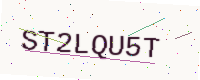
Text: ST2LQU5T